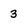
Character: 3